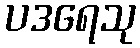
ပဒရေသု